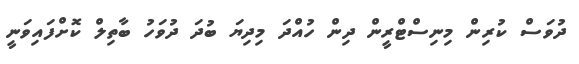
ދުވަސް ކުރިން މިނިސްޓްރީން ދިން ހުއްދަ މިދިޔަ ބުދަ ދުވަހު ބާތިލް ކޮށްފައިވަނީ